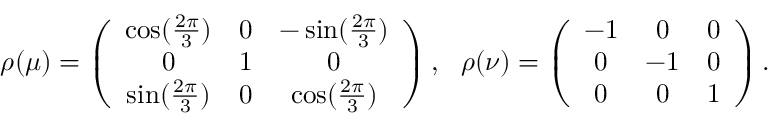
\rho ( \mu ) = \left( { \begin{array} { c c c } { \cos ( { \frac { 2 \pi } { 3 } } ) } & { 0 } & { - \sin ( { \frac { 2 \pi } { 3 } } ) } \\ { 0 } & { 1 } & { 0 } \\ { \sin ( { \frac { 2 \pi } { 3 } } ) } & { 0 } & { \cos ( { \frac { 2 \pi } { 3 } } ) } \end{array} } \right) , \, \, \, \, \rho ( \nu ) = \left( { \begin{array} { c c c } { - 1 } & { 0 } & { 0 } \\ { 0 } & { - 1 } & { 0 } \\ { 0 } & { 0 } & { 1 } \end{array} } \right) .